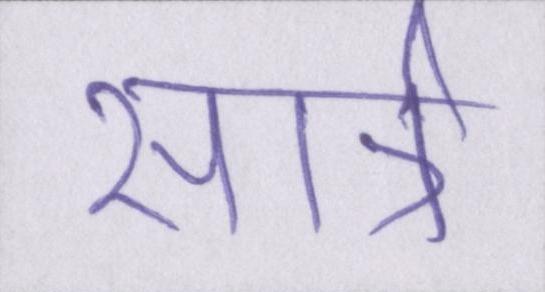
सार्त्र